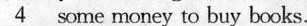
\underline{4} some money to buy books.